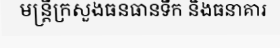
មន្ត្រីក្រសួងធនធានទឹក និងធនាគារ